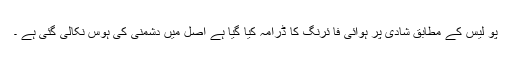
پو لیس کے مطابق شادی پر ہوائی فا ئرنگ کا ڈرامہ کیا گیا ہے اصل میں دشمنی کی ہوس نکالی گئی ہے ۔